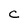
Character: c